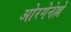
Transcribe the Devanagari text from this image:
ओरगेनेल्ले